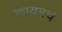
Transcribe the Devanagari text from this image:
कायमचं